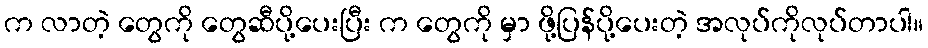
က လာတဲ့ တွေကို တွေဆီပို့ပေးပြီး က တွေကို မှာ ဖို့ပြန်ပို့ပေးတဲ့ အလုပ်ကိုလုပ်တာပါ။